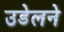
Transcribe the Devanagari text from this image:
उडेलने